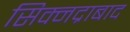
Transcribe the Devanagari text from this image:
सिक्नद्राबाद